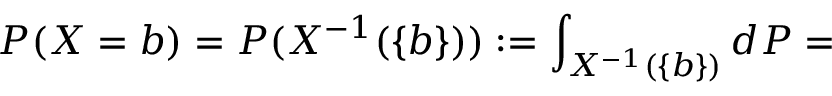
P ( X = b ) = P ( X ^ { - 1 } ( \{ b \} ) ) : = \int _ { X ^ { - 1 } ( \{ b \} ) } d P =